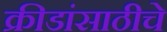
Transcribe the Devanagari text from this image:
क्रीडांसाठीचे